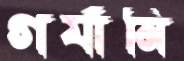
গর্যামি